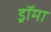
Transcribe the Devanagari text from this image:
ड्रॉमा